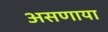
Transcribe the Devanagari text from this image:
असणाया